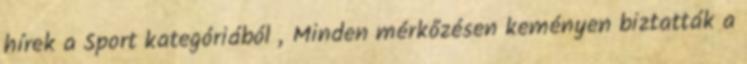
hírek a Sport kategóriából „Minden mérkőzésen keményen biztatták a